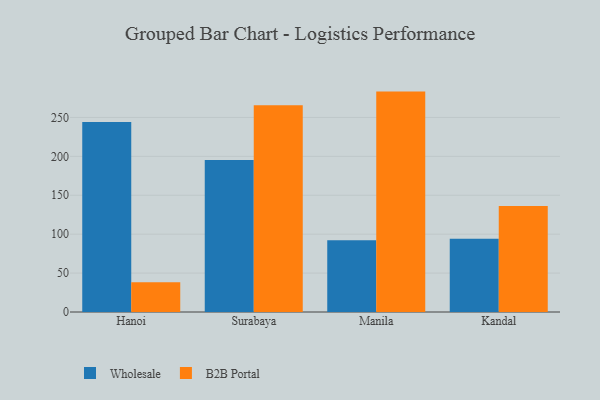
{"axis": {"x": "City", "y": "Backlog"}, "legend": ["B2B Portal", "Wholesale"], "data": [{"x": "Hanoi", "y": 244.2, "type": "Wholesale"}, {"x": "Hanoi", "y": 38.1, "type": "B2B Portal"}, {"x": "Surabaya", "y": 195.4, "type": "Wholesale"}, {"x": "Surabaya", "y": 265.6, "type": "B2B Portal"}, {"x": "Manila", "y": 92.2, "type": "Wholesale"}, {"x": "Manila", "y": 283.2, "type": "B2B Portal"}, {"x": "Kandal", "y": 94.2, "type": "Wholesale"}, {"x": "Kandal", "y": 136.2, "type": "B2B Portal"}]}